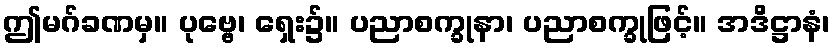
ဤမဂ်ခဏမှ။ ပုဗ္ဗေ၊ ရှေး၌။ ပညာစက္ခုနာ၊ ပညာစက္ခုဖြင့်။ အဒိဋ္ဌာနံ၊